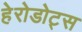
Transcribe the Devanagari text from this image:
हेरोडोट्स